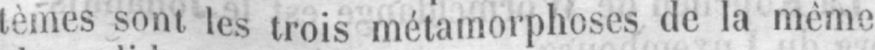
tèmes sont les trois métamorphoses de la même